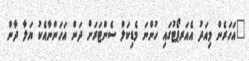
"އަހަރެން މިއަދު އެއަރޕޯޓުގައި ހުންނަ މެޑިކަލް ސެންޓަރަށް ދަން އަހަންނާއެކު ޔަލާ ދާން